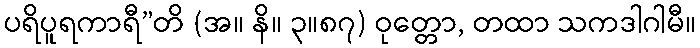
ပရိပူရကာရီ”တိ (အ။ နိ။ ၃။၈၇) ဝုတ္တော, တထာ သကဒါဂါမီ။